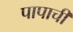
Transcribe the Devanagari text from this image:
पापाची